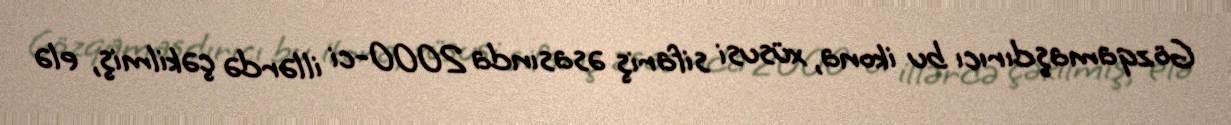
Gözqamaşdırıcı bu ikona, xüsusi sifariş əsasında 2000-ci illərdə çəkilmiş, elə